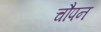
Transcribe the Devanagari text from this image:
चौपन